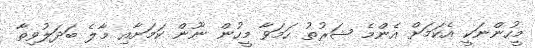
މީހުންނަކީ އެކަމަށް އެންމެ ޝަރުތު ހަމަވާ މީހުން ނޫން ކަމަށާއި މާލެ ބަދަލުވިތާ